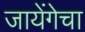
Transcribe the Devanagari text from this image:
जायेंगेचा